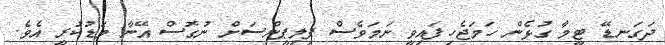
ދަގަނޑޭ ޓީމާ ގުޅެން ހަމަޖެހިފައިވީ ނަމަވެސް ފިލިޕީންސަށް ނުގޮސް އޭނާ މަޑުކުރީ އެވެ.